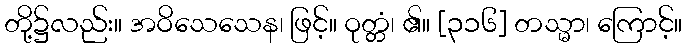
တို့၌လည်း။ အဝိသေသေန၊ ဖြင့်။ ဝုတ္တံ၊ ၏။ [၃၁၆] တသ္မာ၊ ကြောင့်။